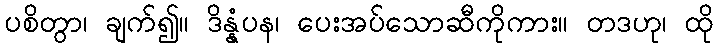
ပစိတွာ၊ ချက်၍။ ဒိန္နံပန၊ ပေးအပ်သောဆီကိုကား။ တဒဟု၊ ထို